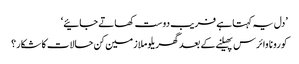
’دل یہ کہتا ہے فریب دوست کھاتے جائیے‘
کورونا وائرس پھیلنے کے بعد گھریلو ملازمین کن حالات کا شکار؟